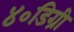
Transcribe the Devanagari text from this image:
४०डिग्री